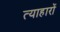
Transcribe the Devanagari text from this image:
त्याहारों